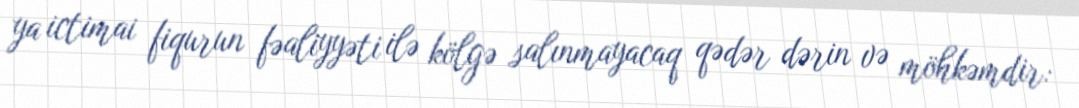
ya ictimai fiqurun fəaliyyəti ilə kölgə salınmayacaq qədər dərin və möhkəmdir: